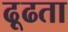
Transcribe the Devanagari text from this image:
ढ़ूढता